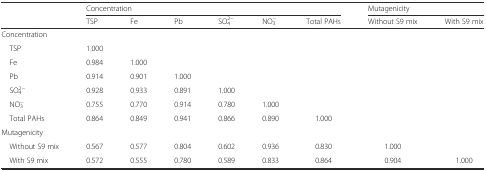
<table><thead><tr><td></td><td colspan="6"><b>Concentration</b></td><td colspan="2"><b>Mutagenicity</b></td></tr><tr><td></td><td><b>TSP</b></td><td><b>Fe</b></td><td><b>Pb</b></td><td><b>SO<sub>4</sub><sup>2−</sup></b></td><td><b>NO<sub>3</sub><sup>−</sup></b></td><td><b>Total PAHs</b></td><td><b>Without S9 mix</b></td><td><b>With S9 mix</b></td></tr></thead><tbody><tr><td>Concentration</td><td></td><td></td><td></td><td></td><td></td><td></td><td></td><td></td></tr><tr><td> TSP</td><td>1.000</td><td></td><td></td><td></td><td></td><td></td><td></td><td></td></tr><tr><td> Fe</td><td>0.984</td><td>1.000</td><td></td><td></td><td></td><td></td><td></td><td></td></tr><tr><td> Pb</td><td>0.914</td><td>0.901</td><td>1.000</td><td></td><td></td><td></td><td></td><td></td></tr><tr><td> SO<sub>4</sub><sup>2−</sup></td><td>0.928</td><td>0.933</td><td>0.891</td><td>1.000</td><td></td><td></td><td></td><td></td></tr><tr><td> NO<sub>3</sub><sup>−</sup></td><td>0.755</td><td>0.770</td><td>0.914</td><td>0.780</td><td>1.000</td><td></td><td></td><td></td></tr><tr><td> Total PAHs</td><td>0.864</td><td>0.849</td><td>0.941</td><td>0.866</td><td>0.890</td><td>1.000</td><td></td><td></td></tr><tr><td colspan="9">Mutagenicity</td></tr><tr><td> Without S9 mix</td><td>0.567</td><td>0.577</td><td>0.804</td><td>0.602</td><td>0.936</td><td>0.830</td><td>1.000</td><td></td></tr><tr><td> With S9 mix</td><td>0.572</td><td>0.555</td><td>0.780</td><td>0.589</td><td>0.833</td><td>0.864</td><td>0.904</td><td>1.000</td></tr></tbody></table>